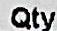
QTY